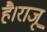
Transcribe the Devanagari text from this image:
है।राजू